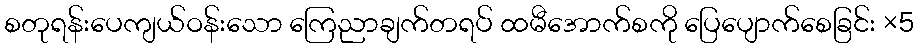
စတုရန်းပေကျယ်ဝန်းသော ကြေညာချက်တရပ် ထမီအောက်စကို ပြေပျောက်စေခြင်း ×5